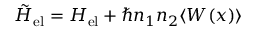
\tilde { H } _ { \mathrm { e l } } = H _ { \mathrm { e l } } + \hbar n _ { 1 } n _ { 2 } \langle W ( x ) \rangle